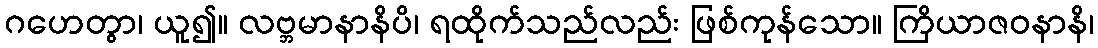
ဂဟေတွာ၊ ယူ၍။ လဗ္ဘမာနာနိပိ၊ ရထိုက်သည်လည်း ဖြစ်ကုန်သော။ ကြိယာဇဝနာနိ၊